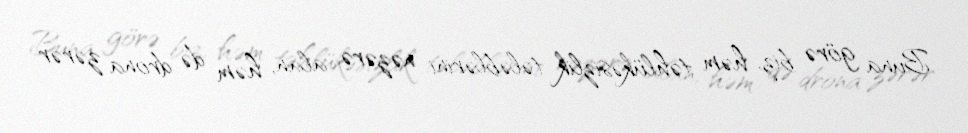
Buna görə biz, həm təhlükəsizlik tələblərini nəzərə alan, həm də drona zərər